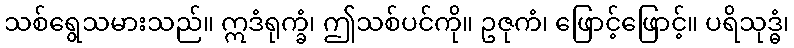
သစ်ရွေသမားသည်။ ဣဒံရုက္ခံ၊ ဤသစ်ပင်ကို။ ဥဇုကံ၊ ဖြောင့်ဖြောင့်။ ပရိသုဒ္ဓံ၊